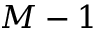
M - 1